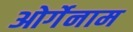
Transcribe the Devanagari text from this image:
ओर्गेनाम